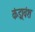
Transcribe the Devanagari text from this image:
कंड्रावंश